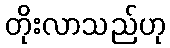
တိုးလာသည်ဟု